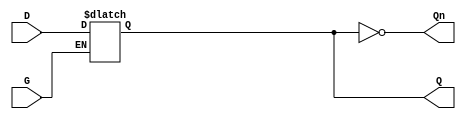
module level_sensitive_gated_latch (
    input wire D,    // Data input
    input wire G,    // Gate control signal
    output reg Q,    // Output
    output wire Qn   // Complement of the output
);

// Assign the complement of Q to Qn
assign Qn = ~Q;

// Always block to implement the latch behavior
always @(*) begin
    if (G) begin
        // When G is high, Q follows D
        Q = D;
    end
    // When G is low, Q retains its previous value
end

endmodule